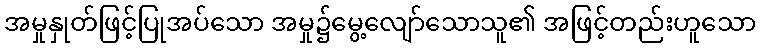
အမှုနှုတ်ဖြင့်ပြုအပ်သော အမှု၌မွေ့လျော်သောသူ၏ အဖြင့်တည်းဟူသော